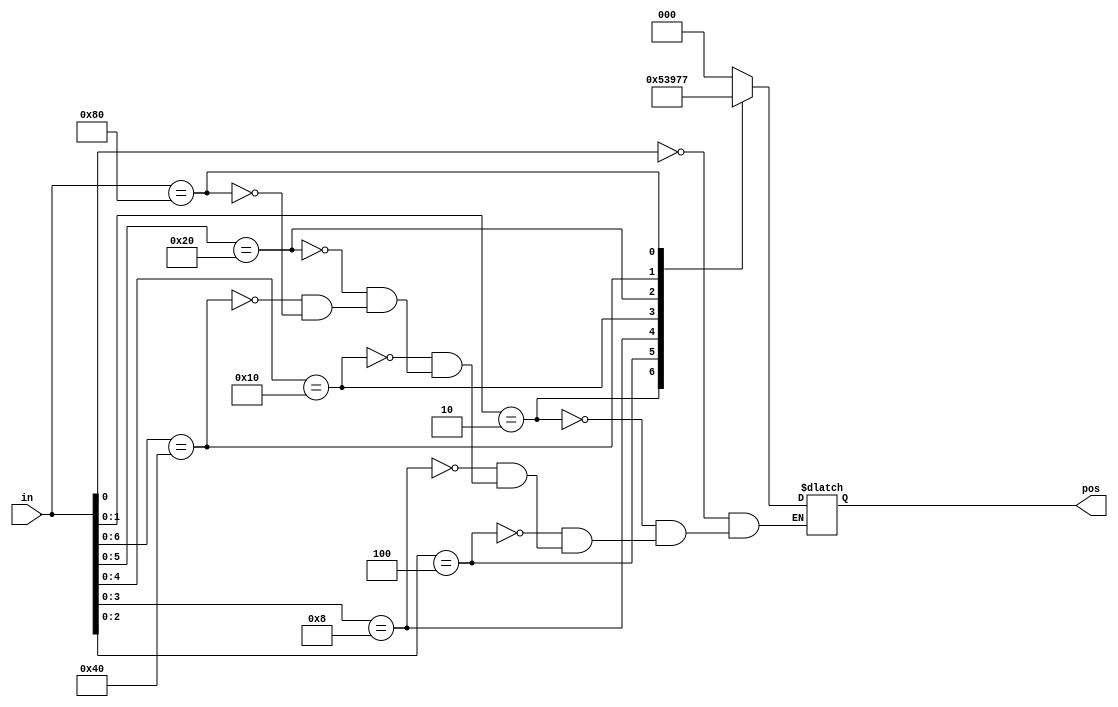
// synthesis verilog_input_version verilog_2001
module top_module (
    input [7:0] in,
    output reg [2:0] pos );
    
    always @* begin
        casez (in)
            8'b???????1 : pos = 3'b000;
            8'b??????10 : pos = 3'b001;
            8'b?????100: pos = 3'b010;
            8'b????1000: pos = 3'b011;
            8'b???10000: pos = 3'b100;
            8'b??100000: pos = 3'b101;
            8'b?1000000: pos = 3'b110;
            8'b10000000: pos = 3'b111;
        endcase
    end
    
            

endmodule